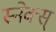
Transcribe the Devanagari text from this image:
स्नेक्स्